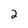
Character: 2